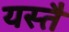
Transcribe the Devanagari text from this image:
यस्तै